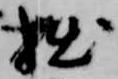
拙